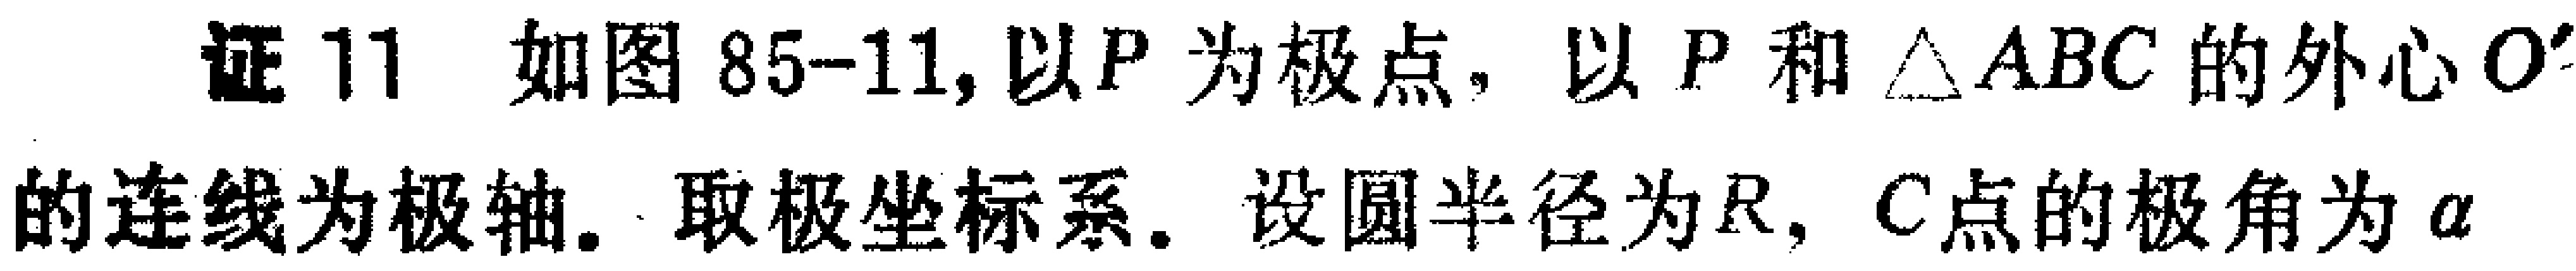
证 11 如图 85-11, 以 \(P\) 为极点, 以 \(P\) 和 \(\triangle ABC\) 的外心 \(O\) 的连线为极轴. 取极坐标系. 设圆半径为 \(R\), \(C\) 点的极角为 \(\alpha\)